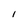
Character: 1